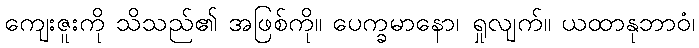
ကျေးဇူးကို သိသည်၏ အဖြစ်ကို။ ပေက္ခမာနော၊ ရှုလျက်။ ယထာနုဘာဝံ၊